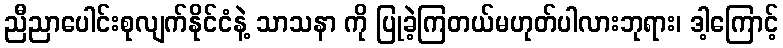
ညီညာပေါင်းစုလျက်နိုင်ငံနဲ့ သာသနာ ကို ပြုခဲ့ကြတယ်မဟုတ်ပါလားဘုရား၊ ဒါ့ကြောင့်